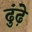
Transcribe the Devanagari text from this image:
ढुंढ़े